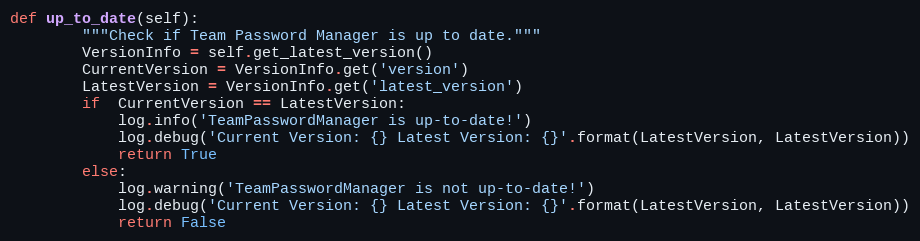
Language: Python
def up_to_date(self):
        """Check if Team Password Manager is up to date."""
        VersionInfo = self.get_latest_version()
        CurrentVersion = VersionInfo.get('version')
        LatestVersion = VersionInfo.get('latest_version')
        if  CurrentVersion == LatestVersion:
            log.info('TeamPasswordManager is up-to-date!')
            log.debug('Current Version: {} Latest Version: {}'.format(LatestVersion, LatestVersion))
            return True
        else:
            log.warning('TeamPasswordManager is not up-to-date!')
            log.debug('Current Version: {} Latest Version: {}'.format(LatestVersion, LatestVersion))
            return False